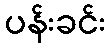
ပန်းခင်း